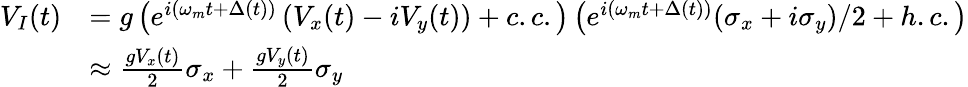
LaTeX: \begin{array}{rl}{V_{I}(t)}&{=g\left(e^{i\left(\omega_{m}t+\Delta(t)\right)}\left(V_{x}(t)-iV_{y}(t)\right)+c.c.\right)\left(e^{i(\omega_{m}t+\Delta(t))}(\sigma_{x}+i\sigma_{y})/2+h.c.\right)}\\ &{\approx\frac{gV_{x}(t)}{2}\sigma_{x}+\frac{gV_{y}(t)}{2}\sigma_{y}}\end{array}